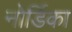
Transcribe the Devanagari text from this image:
नोर्डिका